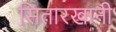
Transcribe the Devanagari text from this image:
सितारखानी